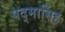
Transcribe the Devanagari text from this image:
पद्‌मासिंह